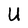
Character: U